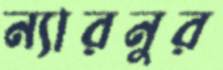
ন্যারনুর